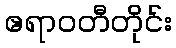
ဧရာဝတီတိုင်း